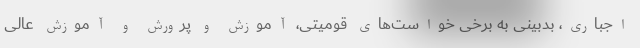
اجباری، بدبینی به برخی خواست‌های قومیتی، آموزش و پرورش و آموزش عالی